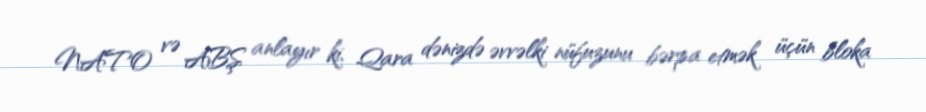
NATO və ABŞ anlayır ki, Qara dənizdə əvvəlki nüfuzunu bərpa etmək üçün bloka